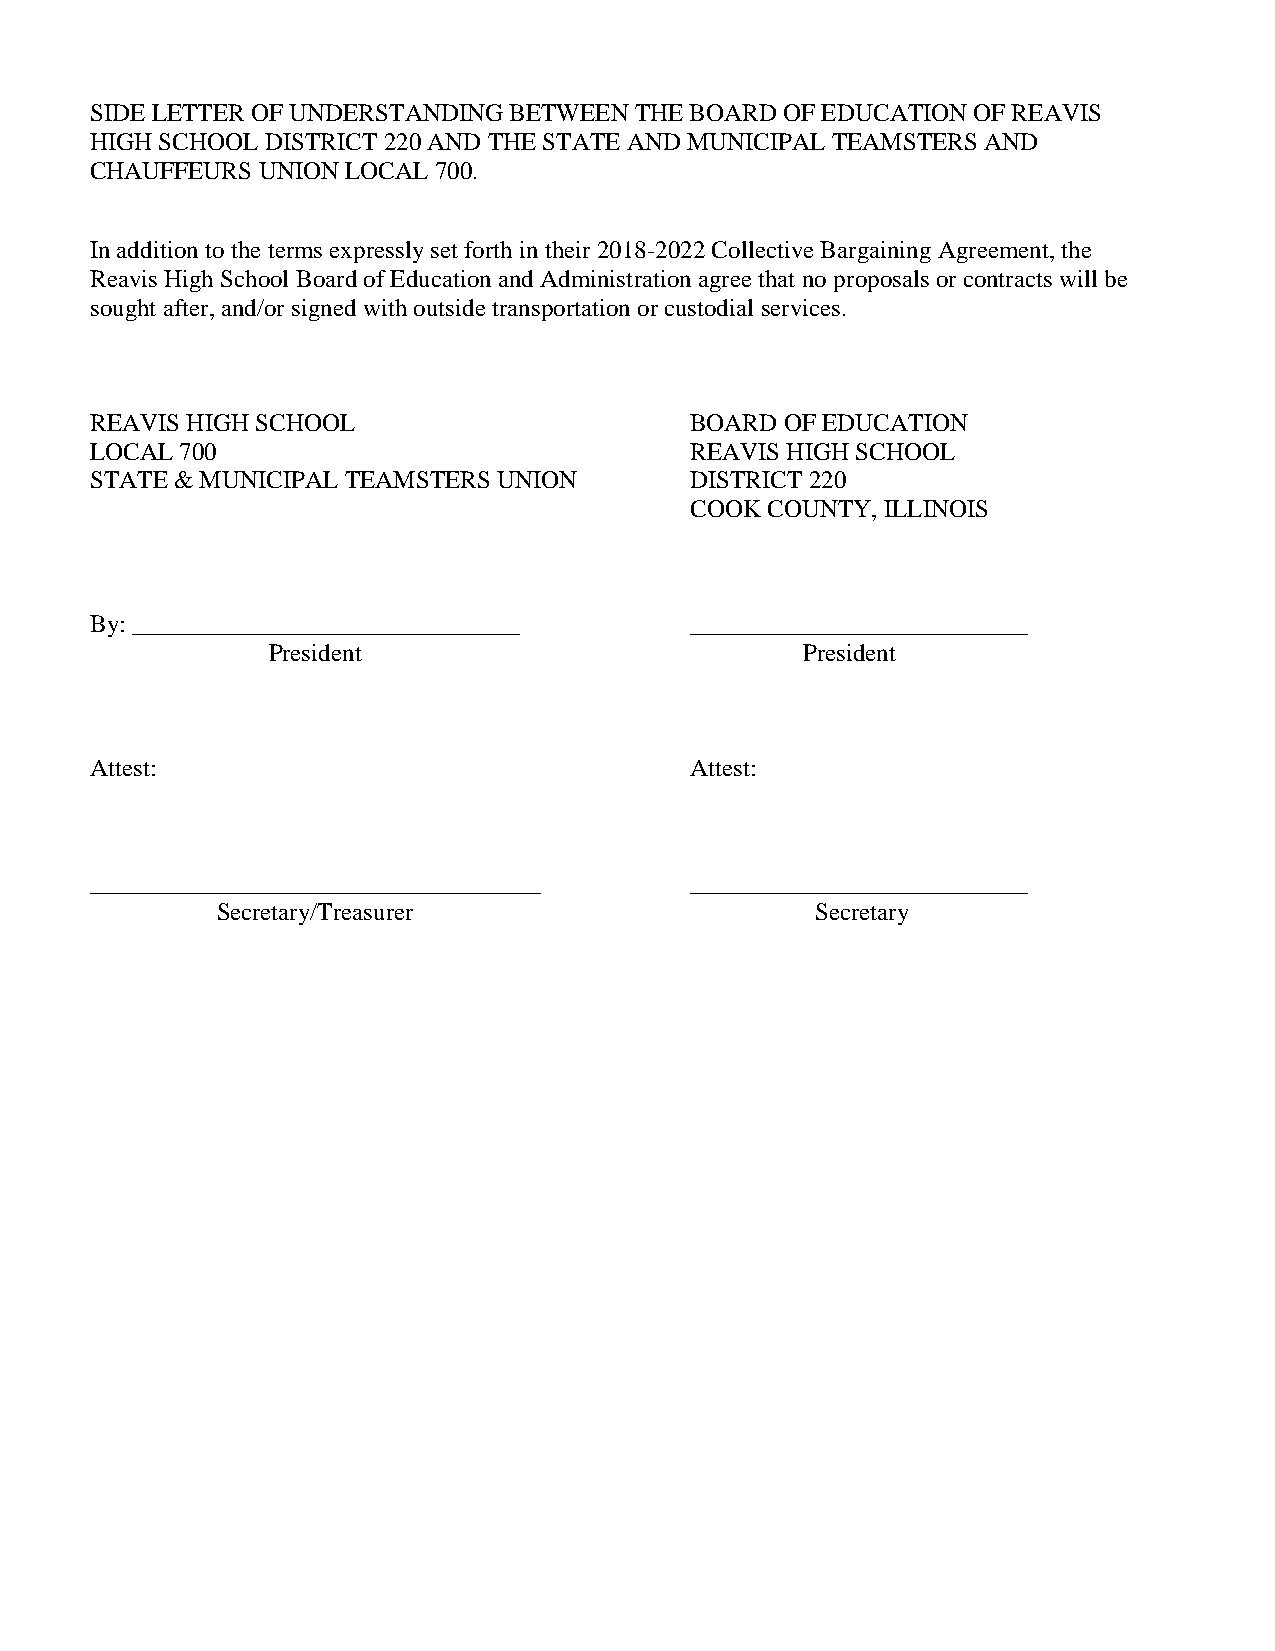
SIDE LETTER OF UNDERSTANDING BETWEEN THE BOARD OF EDUCATION OF REAVIS
 HIGH SCHOOL DISTRICT 220 AND THE STATE AND MUNICIPAL TEAMSTERS AND
 CHAUFFEURS UNION LOCAL 700.
 In addition to the terms expressly set forth in their 2018-2022 Collective Bargaining Agreement, the
 Reavis High School Board of Education and Administration agree that no proposals or contracts will be
 sought after, and/or signed with outside transportation or custodial services.
 REAVIS HIGH SCHOOL                      BOARD OF EDUCATION
 LOCAL 700                               REAVIS HIGH SCHOOL
 STATE & MUNICIPAL TEAMSTERS UNION       DISTRICT 220
 COOK COUNTY, ILLINOIS
 By: _______________________________     ___________________________
 President                          President
 Attest:                                 Attest:
 ____________________________________    ___________________________
 Secretary/Treasurer                     Secretary